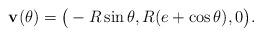
LaTeX: \begin{align*}{\bf v}(\theta ) = \big( -R \sin \theta , R(e+ \cos \theta ) , 0 \big) . \end{align*}